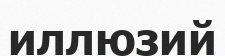
иллюзий